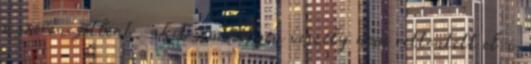
a szerencsétlent, akit semmilyen veszély nem rettentett el a